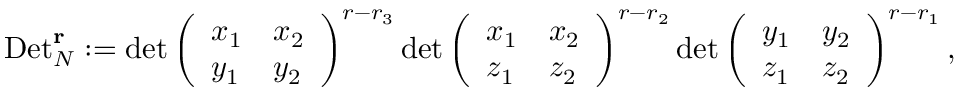
\mathrm { D e t } _ { N } ^ { \mathbf { r } } : = \operatorname* { d e t } \left( \begin{array} { l l } { x _ { 1 } } & { x _ { 2 } } \\ { y _ { 1 } } & { y _ { 2 } } \end{array} \right) ^ { r - r _ { 3 } } \operatorname* { d e t } \left( \begin{array} { l l } { x _ { 1 } } & { x _ { 2 } } \\ { z _ { 1 } } & { z _ { 2 } } \end{array} \right) ^ { r - r _ { 2 } } \operatorname* { d e t } \left( \begin{array} { l l } { y _ { 1 } } & { y _ { 2 } } \\ { z _ { 1 } } & { z _ { 2 } } \end{array} \right) ^ { r - r _ { 1 } } ,